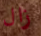
زال